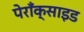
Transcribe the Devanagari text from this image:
पेराँक्साइड